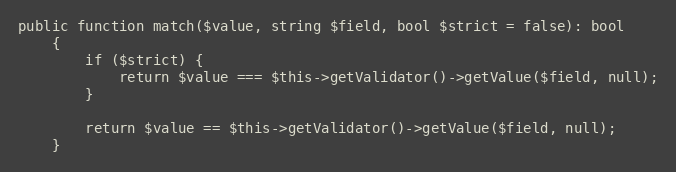
Language: PHP
public function match($value, string $field, bool $strict = false): bool
    {
        if ($strict) {
            return $value === $this->getValidator()->getValue($field, null);
        }

        return $value == $this->getValidator()->getValue($field, null);
    }